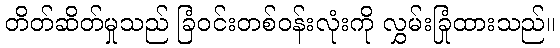
တိတ်ဆိတ်မှုသည် ခြံဝင်းတစ်ဝန်းလုံးကို လွှမ်းခြုံထားသည်။